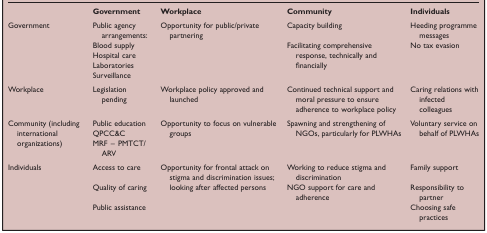
<table><thead><tr><td></td><td><b>Government</b></td><td><b>Workplace</b></td><td><b>Community</b></td><td><b>Individuals</b></td></tr></thead><tbody><tr><td>Government</td><td>Public agency arrangements:</td><td>Opportunity for public/private partnering</td><td>Capacity building</td><td>Heeding programme messages</td></tr><tr><td></td><td>Blood supplyHospital careLaboratoriesSurveillance</td><td>Facilitating comprehensive response, technically and financially</td><td>No tax evasion</td></tr><tr><td>Workplace</td><td>Legislation pending</td><td>Workplace policy approved and launched</td><td>Continued technical support and moral pressure to ensure adherence to workplace policy</td><td>Caring relations with infected colleagues</td></tr><tr><td>Community (including international organizations)</td><td>Public education QPCC&amp;C MRF – PMTCT/ARV</td><td>Opportunity to focus on vulnerable groups</td><td>Spawning and strengthening of NGOs, particularly for PLWHAs</td><td>Voluntary service on behalf of PLWHAs</td></tr><tr><td>Individuals</td><td>Access to care</td><td>Opportunity for frontal attack on stigma and discrimination issues;</td><td>Working to reduce stigma and discrimination</td><td>Family support</td></tr><tr><td></td><td>Quality of caring</td><td> looking after affected persons</td><td>NGO support for care and adherence</td><td>Responsibility to partner</td></tr><tr><td></td><td>Public assistance</td><td></td><td></td><td>Choosing safe practices</td></tr></tbody></table>